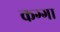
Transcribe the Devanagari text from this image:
कग्गा